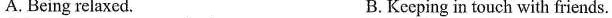
A. Being relaxed. B.Keeping in touch with friends.